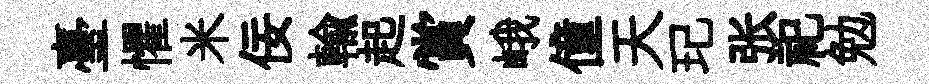
臺懼米佞輸起賞峨僮天玘张祀勉